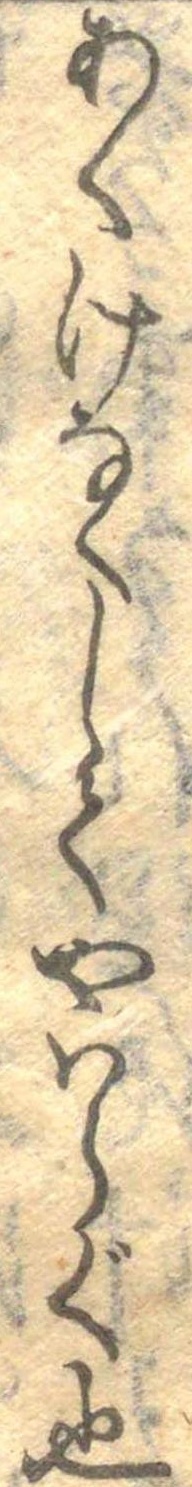
あくけなくしてやはらぐ也